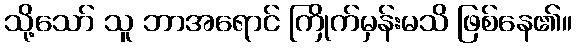
သို့သော် သူ ဘာအရောင် ကြိုက်မှန်းမသိ ဖြစ်နေ၏။